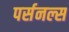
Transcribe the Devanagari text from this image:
पर्सनल्स